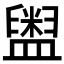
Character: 𱲛